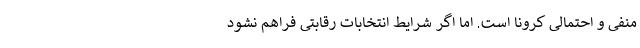
منفی و احتمالی کرونا است. اما اگر شرایط انتخابات رقابتی فراهم نشود